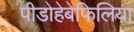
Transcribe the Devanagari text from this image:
पीडोहेबेफिलिया